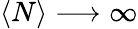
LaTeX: \langle N\rangle\longrightarrow\infty